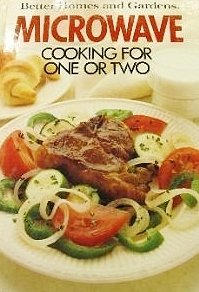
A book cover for Better Homes and Gardens Microwave Cooking for One or Two (Better Homes & Gardens); Cookbooks, Food & Wine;